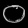
Digit: ၀